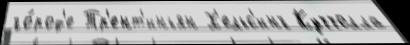
го́род'е Тр'ент'иньян Х'ельс'инг Куччолла